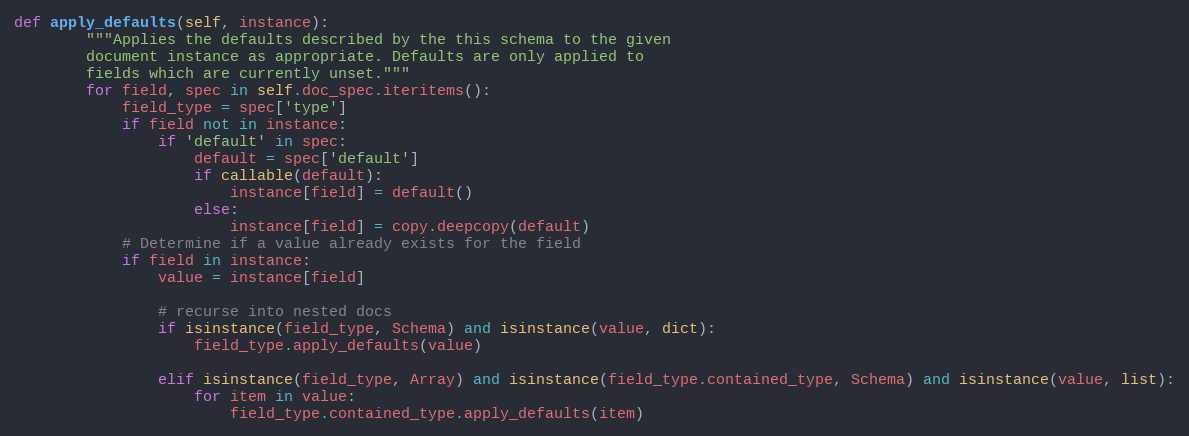
Language: Python
def apply_defaults(self, instance):
        """Applies the defaults described by the this schema to the given
        document instance as appropriate. Defaults are only applied to
        fields which are currently unset."""
        for field, spec in self.doc_spec.iteritems():
            field_type = spec['type']
            if field not in instance:
                if 'default' in spec:
                    default = spec['default']
                    if callable(default):
                        instance[field] = default()
                    else:
                        instance[field] = copy.deepcopy(default)
            # Determine if a value already exists for the field
            if field in instance:
                value = instance[field]

                # recurse into nested docs
                if isinstance(field_type, Schema) and isinstance(value, dict):
                    field_type.apply_defaults(value)

                elif isinstance(field_type, Array) and isinstance(field_type.contained_type, Schema) and isinstance(value, list):
                    for item in value:
                        field_type.contained_type.apply_defaults(item)